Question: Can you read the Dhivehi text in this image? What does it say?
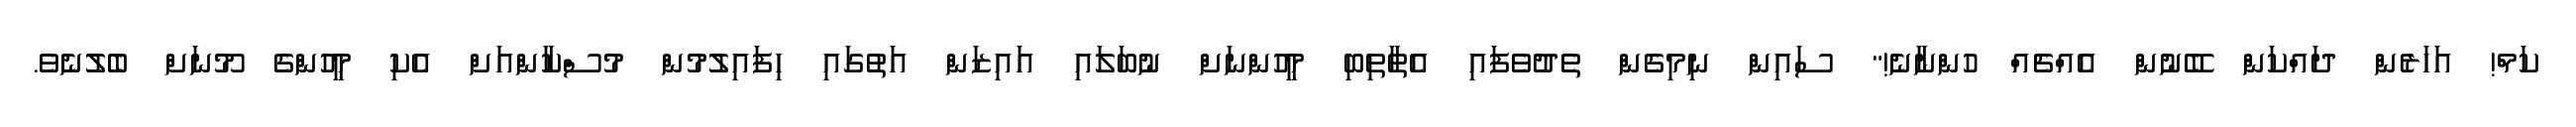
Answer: ކަމް! އަހަރެން ދައްކަން ބޭނުން އެއްޗެއް ހުންނާނެ!" ސައިން ނިމިގެން ތެދުވެފައި އެތާތިބި މީހުންނަށް ނުބަލައި އައިޒަން އަތުގައި ހިފައިލުމުން މުސްކާންއަށް އެކި މީހުންގެ މޫނަށް ބެލުނެވެ.